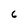
Character: 6